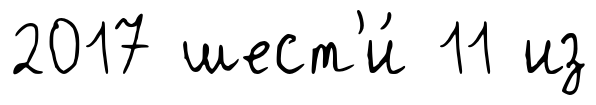
2017 шест'и́ 11 из